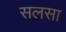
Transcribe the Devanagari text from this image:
सलसा